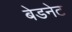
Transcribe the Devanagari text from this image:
बेडनेट